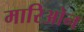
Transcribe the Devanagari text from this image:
मारिओन